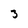
Character: 3